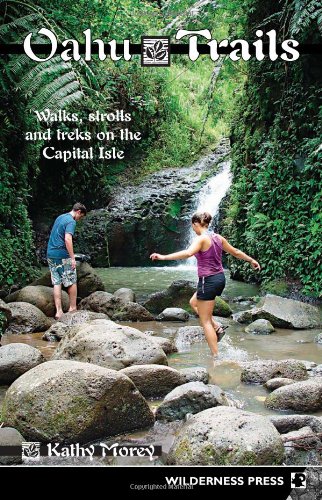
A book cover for Oahu Trails: Walks, Strolls And Treks on the Capital Isle; Kathy Morey; Travel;